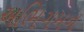
અભિગમન